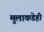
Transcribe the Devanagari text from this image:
मुलाकडेही